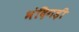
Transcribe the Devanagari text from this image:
भंदिगड़ी